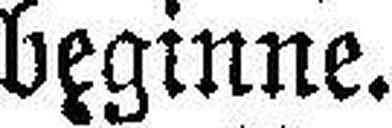
beginne.